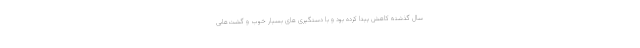
سال گذشته کاهش پیدا کرده بود و با دستگیری های بسیار خوب و گشت‌هایی